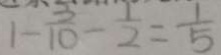
1 - \frac { 3 } { 1 0 } - \frac { 1 } { 2 } = \frac { 1 } { 5 }